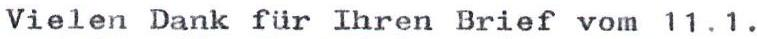
Vielen Dank für Ihren Brief vom 11.1.